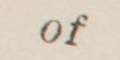
of